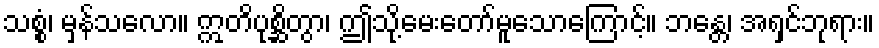
သစ္စံ၊ မှန်သလော။ ဣတိပုစ္ဆိတွာ၊ ဤသို့မေးတော်မူသောကြောင့်။ ဘန္တေ၊ အရှင်ဘုရား။